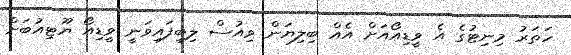
ހަތަރު މިނިޓުގެ އެ ވީޑިއޯއަށް އެއް ބިލިޔަން ވިއުސް ލިބިފައިވަނީ ވީޑިއޯ ޔޫޓިއުބަށް